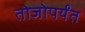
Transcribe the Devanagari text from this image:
तोजोपर्यंत